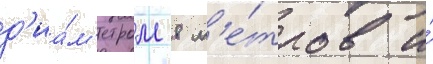
д'иа́м'етром 8 м'е́тров и́